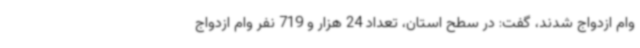
وام ازدواج شدند، گفت: در سطح استان، تعداد 24 هزار و 719 نفر وام ازدواج